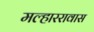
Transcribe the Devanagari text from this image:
मल्हाररावास